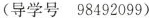
(导学号 98492099)